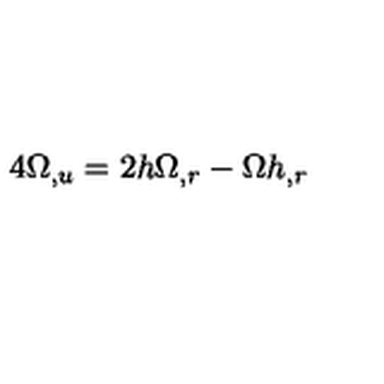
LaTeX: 4 \Omega _ { , u } = 2 h \Omega _ { , r } - \Omega h _ { , r }